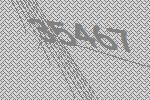
35467